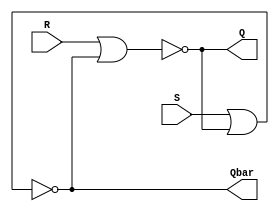
module SR_latch_gate (input R, input S, output Q, output Qbar);
  nor (Q, R, Qbar);
  nor (Qbar, S, Q);
endmodule